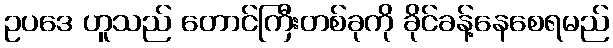
ဥပဒေ ဟူသည် တောင်ကြီးတစ်ခုကို ခိုင်ခန့်နေစေရမည်